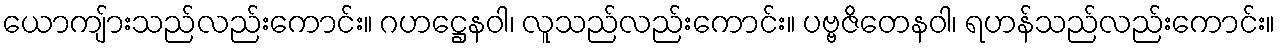
ယောကျ်ားသည်လည်းကောင်း။ ဂဟဋ္ဌေနဝါ၊ လူသည်လည်းကောင်း။ ပဗ္ဗဇိတေနဝါ၊ ရဟန်သည်လည်းကောင်း။